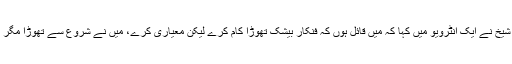
میڈیا رپورٹ کے مطابق زارا شیخ نے ایک انٹرویو میں کہا کہ میں قائل ہوں کہ فنکار بیشک تھوڑا کام کرے لیکن معیاری کرے، میں نے شروع سے تھوڑا مگر منفرد اور معیاری کام کیا ہے۔